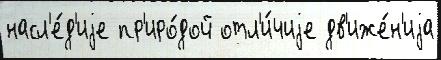
насл'е́д'иjе пр'иро́дой отл'и́чиjе дв'иже́н'иjа